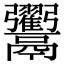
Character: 𩱲